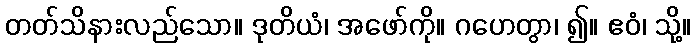
တတ်သိနားလည်သော။ ဒုတိယံ၊ အဖော်ကို။ ဂဟေတွာ၊ ၍။ ဧဝံ၊ သို့။